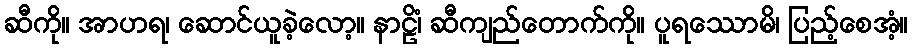
ဆီကို။ အာဟရ၊ ဆောင်ယူခဲ့လော့။ နာဠိံ၊ ဆီကျည်တောက်ကို။ ပူရဿောမိ၊ ပြည့်စေအံ့။